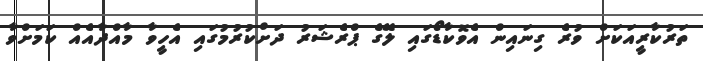
ތަރުކާރީއަކަށް ވުރެ ގިނައިން އެވޮކާޑޯގައި ލޭގެ ޕްރެޝަރު ދަށްކުރުމުގައި އެހީވާ މާއްދާއެއް ކަމަށްވާ